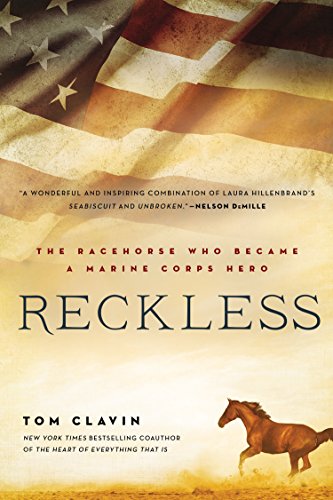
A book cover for Reckless: The Racehorse Who Became a Marine Corps Hero; Tom Clavin; History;